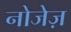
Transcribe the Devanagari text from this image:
नोजेज़